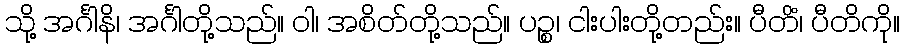
သို့ အင်္ဂါနိ၊ အင်္ဂါတို့သည်။ ဝါ၊ အစိတ်တို့သည်။ ပဉ္စ၊ ငါးပါးတို့တည်း။ ပီတိံ၊ ပီတိကို။